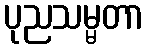
ပုညသမ္မတာ